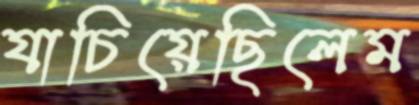
যাচিয়েছিলেম